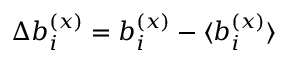
\Delta b _ { i } ^ { ( x ) } = b _ { i } ^ { ( x ) } - \langle { b _ { i } ^ { ( x ) } } \rangle